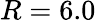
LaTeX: R=6.0